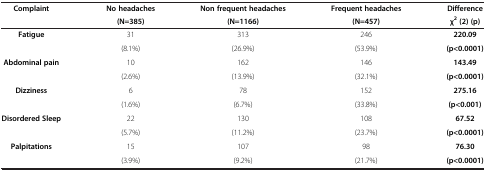
<table><thead><tr><td rowspan="2"><b>Complaint</b></td><td><b>No headaches</b></td><td><b>Non frequent headaches</b></td><td><b>Frequent headaches</b></td><td><b>Difference</b></td></tr><tr><td><b>(N=385)</b></td><td><b>(N=1166)</b></td><td><b>(N=457)</b></td><td><b>χ<sup>2 </sup>(2) (p)</b></td></tr></thead><tbody><tr><td rowspan="2"><b>Fatigue</b></td><td>31</td><td>313</td><td>246</td><td><b>220.09</b></td></tr><tr><td>(8.1%)</td><td>(26.9%)</td><td>(53.9%)</td><td><b>(p&lt;0.0001)</b></td></tr><tr><td rowspan="2"><b>Abdominal pain</b></td><td>10</td><td>162</td><td>146</td><td><b>143.49</b></td></tr><tr><td>(2.6%)</td><td>(13.9%)</td><td>(32.1%)</td><td><b>(p&lt;0.0001)</b></td></tr><tr><td rowspan="2"><b>Dizziness</b></td><td>6</td><td>78</td><td>152</td><td><b>275.16</b></td></tr><tr><td>(1.6%)</td><td>(6.7%)</td><td>(33.8%)</td><td><b>(p&lt;0.001)</b></td></tr><tr><td rowspan="2"><b>Disordered Sleep</b></td><td>22</td><td>130</td><td>108</td><td><b>67.52</b></td></tr><tr><td>(5.7%)</td><td>(11.2%)</td><td>(23.7%)</td><td><b>(p&lt;0.0001)</b></td></tr><tr><td rowspan="2"><b>Palpitations</b></td><td>15</td><td>107</td><td>98</td><td><b>76.30</b></td></tr><tr><td>(3.9%)</td><td>(9.2%)</td><td>(21.7%)</td><td><b>(p&lt;0.0001)</b></td></tr></tbody></table>